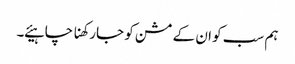
ہم سب کو ان کے مشن کو جارکھنا چاہیئے ۔